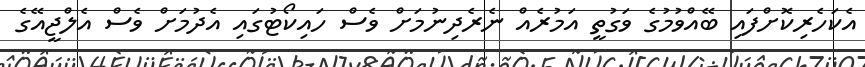
އެކަހެރިކޮށްފައި ބޭއްވުމުގެ ވަގުތީ އަމުރެއް ނެރެދިނުމަށް ވެސް ހައިކޯޓުގައި އެދުމަށް ވެސް އެލްޖީއޭގެ